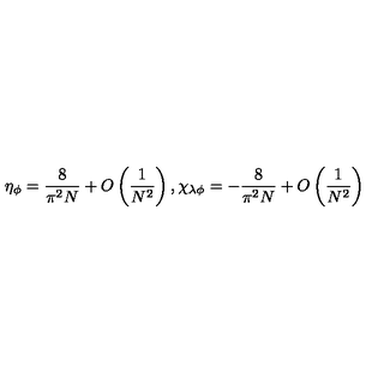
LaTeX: \eta _ { \phi } = \frac { 8 } { \pi ^ { 2 } N } + O \left( \frac { 1 } { N ^ { 2 } } \right) , \chi _ { \lambda \phi } = - \frac { 8 } { \pi ^ { 2 } N } + O \left( \frac { 1 } { N ^ { 2 } } \right)